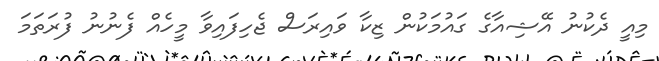
މިއީ ދެކުނު އޭޝިއާގެ ގައުމަކުން ޒިކާ ވައިރަސް ޖެހިފައިވާ މީހެއް ފެނުނު ފުރަތަމަ